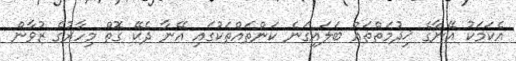
އެކަމަކު އޭނާގެ ޚިދުމަތްތައް ބަލައިގަނެ ކަންތައްތަކުގައި އޭނާ ދެކޭ ގޮތް މިހާރުގެ ޒުވާން